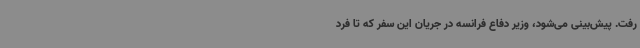
رفت. پیش‌بینی می‌شود، وزیر دفاع فرانسه در جریان این سفر که تا فرد